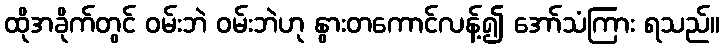
ထိုအခိုက်တွင် ဝမ်းဘဲ ဝမ်းဘဲဟု နွားတကောင်လန့်၍ အော်သံကြား ရသည်။